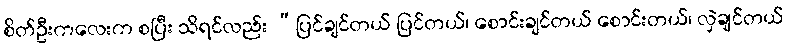
စိတ်ဦးကလေးက စပြီး သိရင်လည်း “ပြင်ချင်တယ် ပြင်တယ်၊ စောင်းချင်တယ် စောင်းတယ်၊ လှဲချင်တယ်